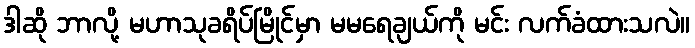
ဒါဆို ဘာလို့ မဟာသုခရိပ်မြိုင်မှာ မမရေချယ်ကို မင်း လက်ခံထားသလဲ။